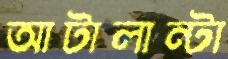
আটালান্টা